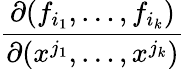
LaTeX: \frac{\partial(f_{i_{1}},\ldots,f_{i_{k}})}{\partial(x^{j_{1}},\ldots,x^{j_{k}})}